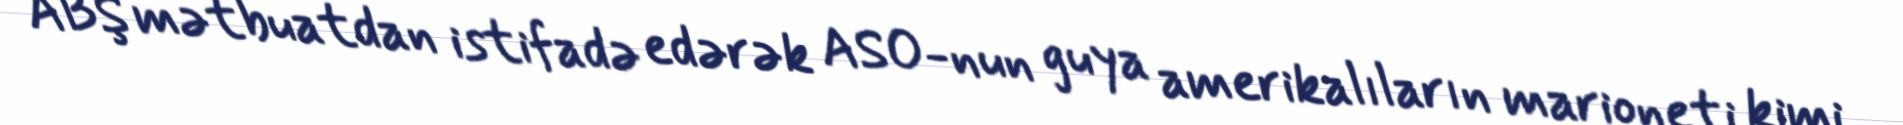
ABŞ mətbuatdan istifadə edərək ASO-nun guya amerikalıların marioneti kimi